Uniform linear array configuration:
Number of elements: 16
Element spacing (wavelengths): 0.75
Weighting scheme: hann
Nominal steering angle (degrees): -30
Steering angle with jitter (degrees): -31.756
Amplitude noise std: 0.05
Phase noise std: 0.05

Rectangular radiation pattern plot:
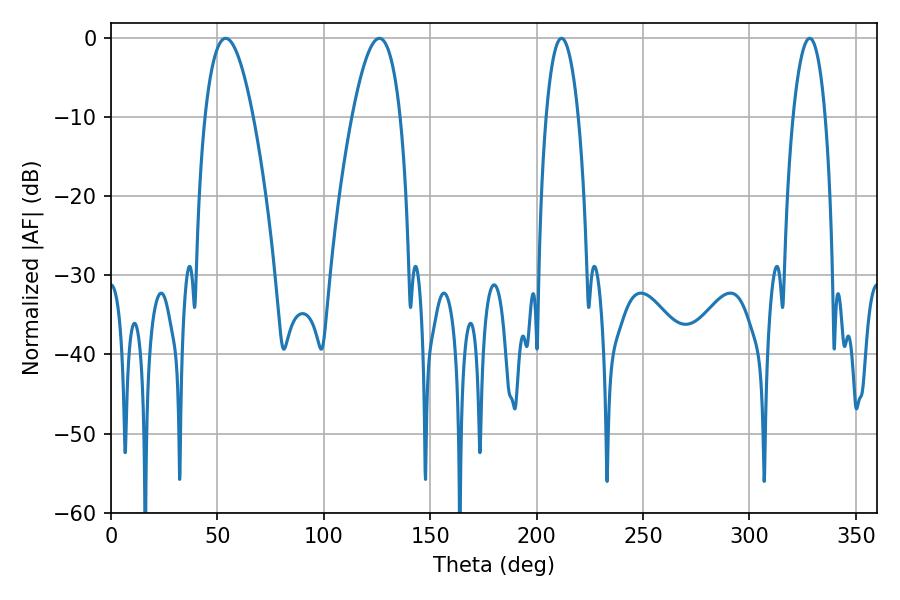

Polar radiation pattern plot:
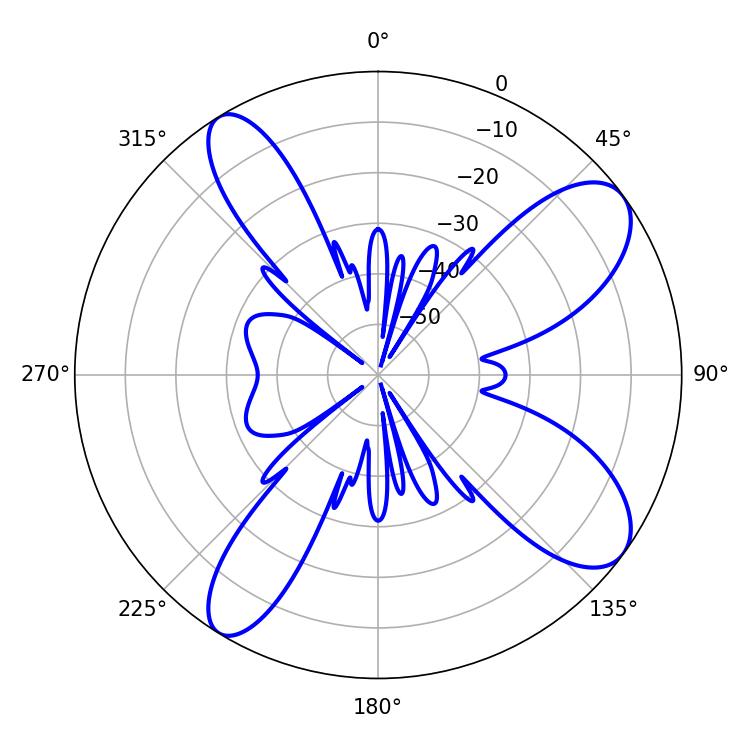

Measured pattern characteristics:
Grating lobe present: TRUE
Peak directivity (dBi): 9.718
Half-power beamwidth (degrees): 8.46
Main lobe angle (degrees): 211.68